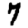
Digit: 7